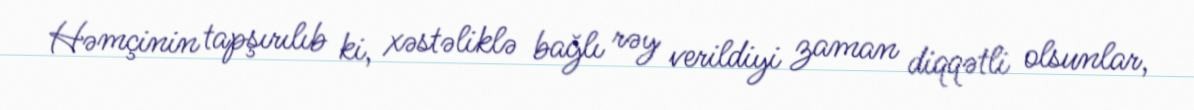
Həmçinin tapşırılıb ki, xəstəliklə bağlı rəy verildiyi zaman diqqətli olsunlar,